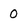
Character: O